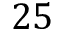
2 5